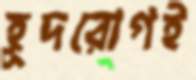
হূদরোগই